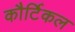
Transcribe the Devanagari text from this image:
कौर्टिकल